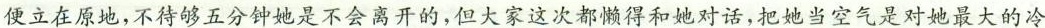
便立在原地，不待够五分钟她是不会离开的，但大家这次都懒得和她对话，把她当空气是对她最大的冷